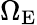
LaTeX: \Omega_{\mathrm{E}}